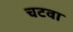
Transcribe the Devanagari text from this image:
चटवा